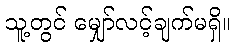
သူ့တွင် မျှော်လင့်ချက်မရှိ။